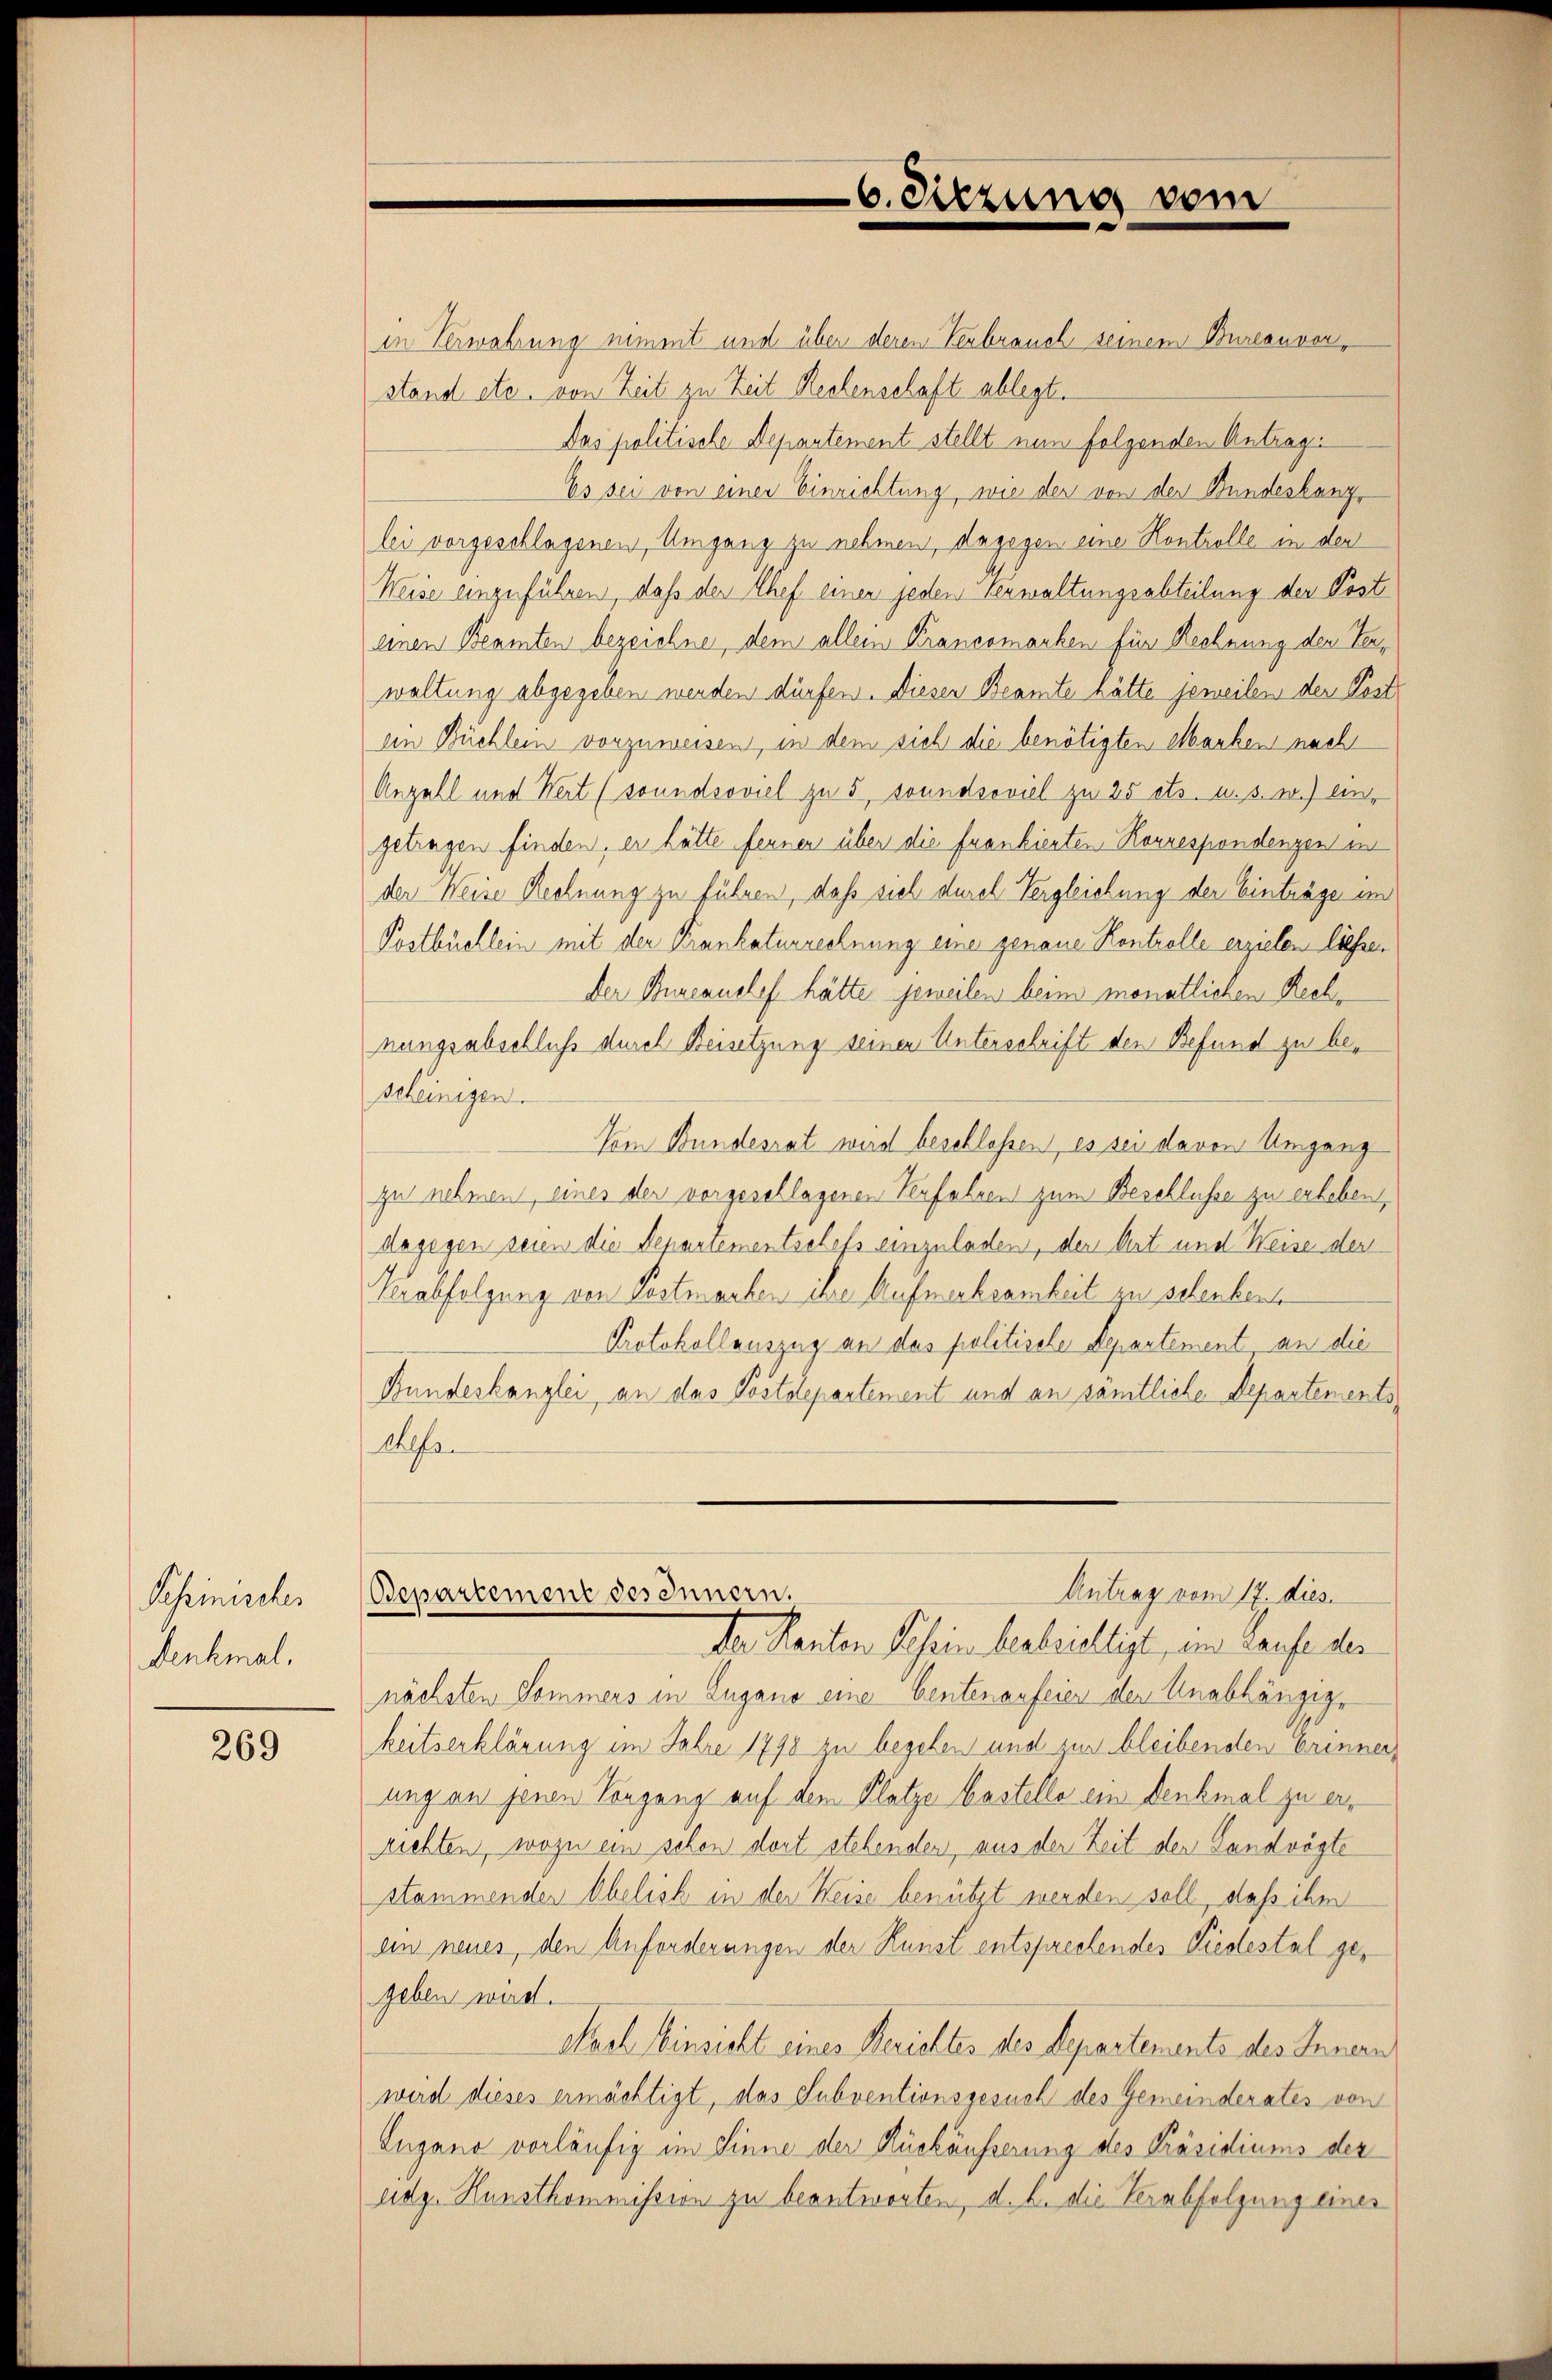
Schinisches
Denkmal.

269

6. Sitzung vom

in Verwahrung nimmt und über derem Verbrauch seinem Bureauvorstand etc. von Zeit zu Zeit Rechenschaft ablegt.
Das politische Departement stellt nun folgenden Antrage
Es sei von einer Einrichtung, wie der von der Bundeskanzlei vorgeschlagenen Umgang zu nehmen, dagegen eine Kontrolle in der
Weise einzuführen, daß der Chef einer jeden Verwaltungsabteilung der Post
einen Beamten bezeichne, dem allein Krancomachen für Rechnung der Verwaltung abgegeben werden dürfen. Dieser Beamte hätte jeweilen der Post
an Büchlein vorzuweisen, in dem sich die benötigten Marken nach
Anzahl und Wert (soundsoviel zu 5, soundsoviel zu 25 ets. u. s. w.) eingetragen finden, er hätte fernen über die frankierten Korrespondenzen in
der Weise Rechnung zu führen, daß sieh durch Vergleichung der Einträge im
Postbüchlein mit der Krankaturrechnung eine genaue Kontrolle erzielen liessen
Der Bureauslef hätte jeweilen beim monatlichen Rechnungsabschluß durch Beisetzung seinen Unterschrift den Befund zu bescheinigen.
Vom Bundesrat wird beschlossen, es sei davon Umgang
zu nehmen, einer der vorgeschlagenen Verfahren zum Beschlusse zu erleben,
dagegen seien die Departementschefs einzuladen, der Art und Weise der
Krabfolgung von Postmarken ihre Aufmerksamkeit zu schenkent
Protokollauszug an das politische Departement an die
Bundeskanzlei an das Postdepartement und an sämtliche Departements
Wofer
Antrag vom 17. dies
Departement des Innern.
Der Kanton Schein beabzielligt, im Laufe der
nächsten Sommers in Zugano eine bentenanfeier den Unabhängige
keitserklärung im Jahre 1798 zu begehen und zur bleibenden Erinner
ungen jenen Vorgang auf dem Platze bastelle ein Denkmal zu errichten, wozu ein schon dort stehenden, aus der Zeit der Landvögte
stammendes Obelisch in der Weise benützt werden soll, daß ihm
ein neues, den Anforderungen der Kunst entsprechendes Liedestal gegeben wird.
Nach Einsicht eines Berichtes des Departements des Innern
wird dieses ermächtigt, das Subventionsgesuch des Gemeinderates von
Lugano vorläufig im Sinne der Rückäusserung des Präsidiums der
udg. Kunstkommission zu beantworten, d. h. die Verabfolgung einer